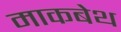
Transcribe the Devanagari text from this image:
माकबेथ